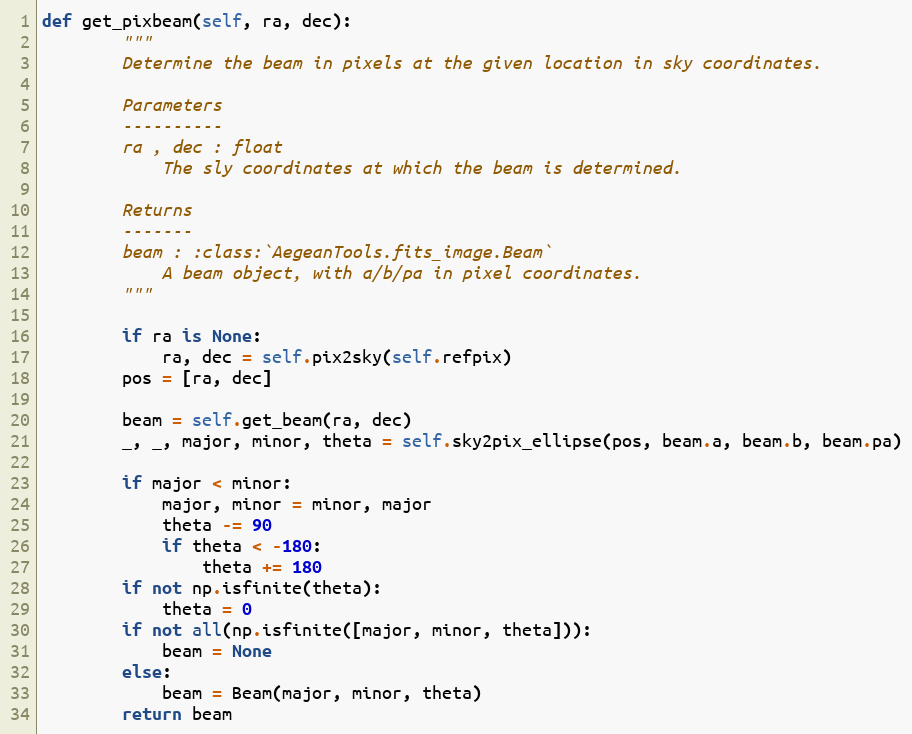
Language: Python
def get_pixbeam(self, ra, dec):
        """
        Determine the beam in pixels at the given location in sky coordinates.

        Parameters
        ----------
        ra , dec : float
            The sly coordinates at which the beam is determined.

        Returns
        -------
        beam : :class:`AegeanTools.fits_image.Beam`
            A beam object, with a/b/pa in pixel coordinates.
        """

        if ra is None:
            ra, dec = self.pix2sky(self.refpix)
        pos = [ra, dec]

        beam = self.get_beam(ra, dec)
        _, _, major, minor, theta = self.sky2pix_ellipse(pos, beam.a, beam.b, beam.pa)

        if major < minor:
            major, minor = minor, major
            theta -= 90
            if theta < -180:
                theta += 180
        if not np.isfinite(theta):
            theta = 0
        if not all(np.isfinite([major, minor, theta])):
            beam = None
        else:
            beam = Beam(major, minor, theta)
        return beam